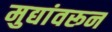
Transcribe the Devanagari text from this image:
मुद्यांवरून